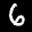
Label: 6